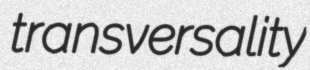
transversality